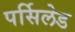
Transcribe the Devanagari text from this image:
पर्सिलेड